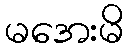
မအေးမိ